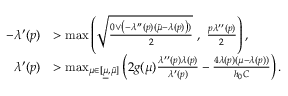
\begin{array} { r l } { - \lambda ^ { \prime } ( p ) } & { > \operatorname* { m a x } \left( \sqrt { \frac { 0 \vee \left( - \lambda ^ { \prime \prime } ( p ) ( \bar { \mu } - \lambda ( p ) \right) ) } { 2 } } ~ , ~ \frac { p \lambda ^ { \prime \prime } ( p ) } { 2 } \right) , } \\ { \lambda ^ { \prime } ( p ) } & { > \operatorname* { m a x } _ { \mu \in [ \underline { { \mu } } , \bar { \mu } ] } \left( 2 g ( \mu ) \frac { \lambda ^ { \prime \prime } ( p ) \lambda ( p ) } { \lambda ^ { \prime } ( p ) } - \frac { 4 \lambda ( p ) ( \mu - \lambda ( p ) ) } { h _ { 0 } C } \right) . } \end{array}